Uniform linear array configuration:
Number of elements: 16
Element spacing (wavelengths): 0.25
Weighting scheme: hann
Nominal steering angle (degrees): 0
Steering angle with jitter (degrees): -0.9435
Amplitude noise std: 0.05
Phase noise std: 0.05

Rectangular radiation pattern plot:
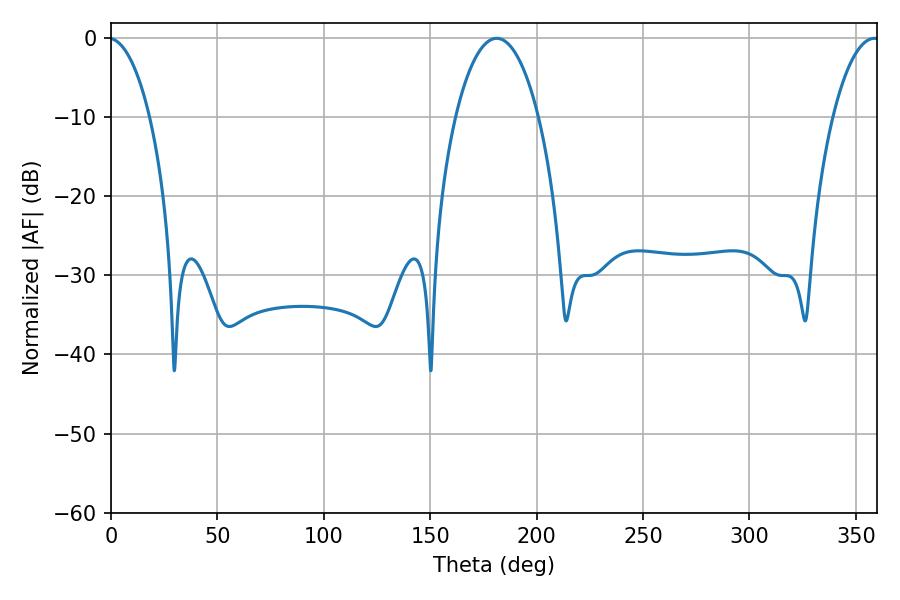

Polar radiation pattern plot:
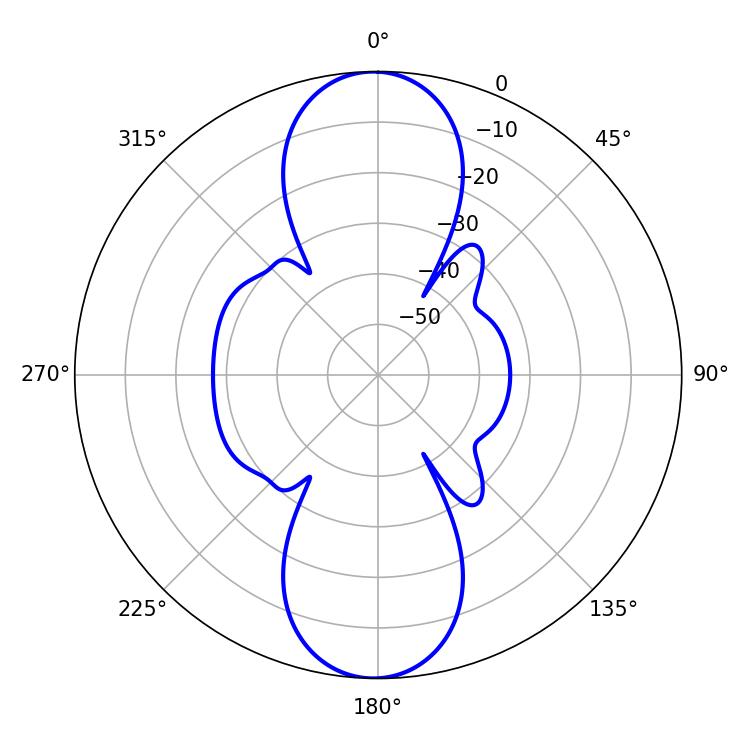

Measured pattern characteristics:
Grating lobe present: FALSE
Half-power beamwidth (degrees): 21.96
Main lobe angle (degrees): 181.26